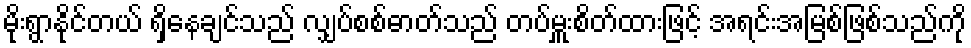
မိုးရွာနိုင်တယ် ရှိနေချင်သည် လျှပ်စစ်ဓာတ်သည် တပ်မှူးစိတ်ထားဖြင့် အရင်းအမြစ်ဖြစ်သည်ကို